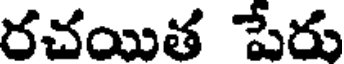
రచయిత పేరు